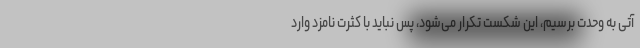
آتی به وحدت برسیم، این شکست تکرار می‌شود، پس نباید با کثرت نامزد وارد